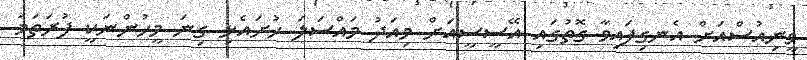
ވީނިއުސްއަށް އެނގިފައިވާ ގޮތުގައި އޭސީސީއަށް މިއަދު މައްސަލަ ހުށައެޅި ގިނަ މީހުންނަކީ ފުރަތަމަ